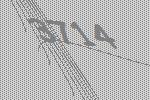
3714